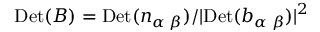
\mathrm { D e t } ( { \cal B } ) = \mathrm { D e t } ( n _ { \alpha \; \beta } ) / | \mathrm { D e t } ( b _ { \alpha \; \beta } ) | ^ { 2 }